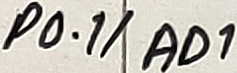
Text: P0.1/AD1